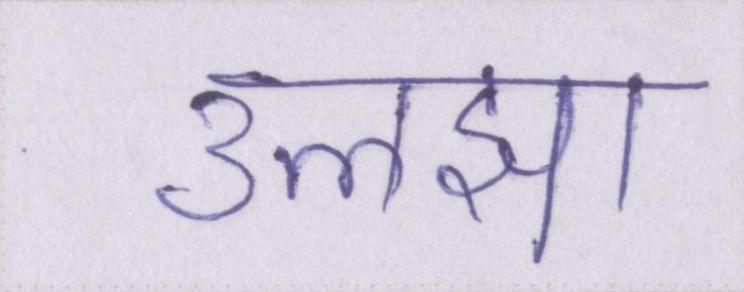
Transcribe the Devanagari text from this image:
उलझा